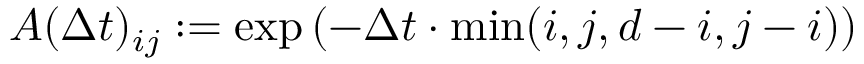
A ( \Delta t ) _ { i j } : = \exp \left( - \Delta t \cdot \mathrm { m i n } ( i , j , d - i , j - i ) \right)